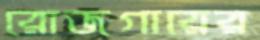
রোজগারের